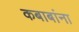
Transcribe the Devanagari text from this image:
कबाबांना